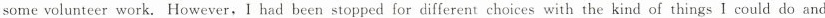
some volunteer work. However, I had been stopped for different choices with the kind of things I could do and